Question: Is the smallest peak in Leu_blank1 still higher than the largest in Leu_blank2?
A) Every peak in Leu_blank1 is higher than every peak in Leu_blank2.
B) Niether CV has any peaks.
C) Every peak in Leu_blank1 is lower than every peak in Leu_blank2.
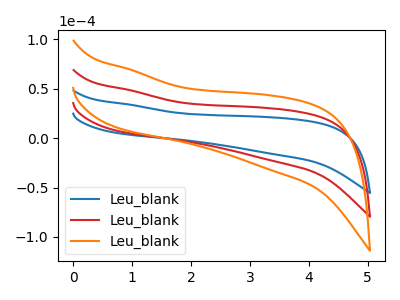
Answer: <think>The blue curve "Leu_blank1" has no peaks. The red curve "Leu_blank2" has no peaks. The orange curve "Leu_blank3" has no peaks.</think>
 <answer>B) Niether CV has any peaks.</answer>
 <eval>B</eval>